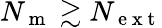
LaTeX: N_{\mathrm{~m~}}\gtrsim N_{\mathrm{~e~x~t~}}